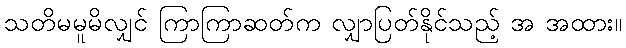
သတိမမူမိလျှင် ကြာကြာဆတ်က လျှာပြတ်နိုင်သည့် အ အထား။